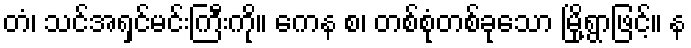
တံ၊ သင်အရှင်မင်းကြီးကို။ ကေန စ၊ တစ်စုံတစ်ခုသော မြို့ရွာဖြင့်။ န